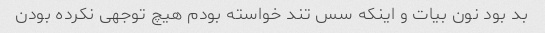
بد بود نون بیات و اینکه سس تند خواسته بودم هیچ توجهی نکرده بودن